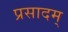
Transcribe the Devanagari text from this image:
प्रसादम्